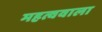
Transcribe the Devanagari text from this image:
महत्ववाला